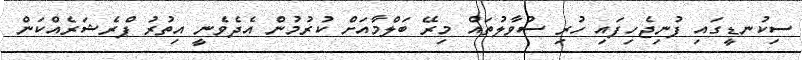
ސިކުނޑީގައި ފުނިޖެހިފައި ހުރި ސުވާލުތައް މިރޭ ބަލްމާއަށް ކުރުމުން އެދެވެނީ އިތުރު ޕްރެޝަރެއްކަން